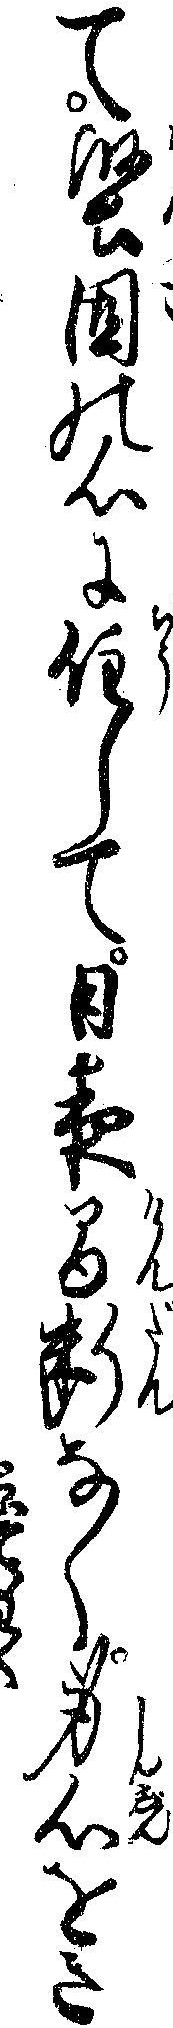
て堅固の心に住して日夜間断なく身心をき